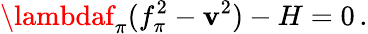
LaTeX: \lambdaf_{\pi}(f_{\pi}^{2}-\mathbf{v}^{2})-H=0\, .